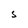
Character: S